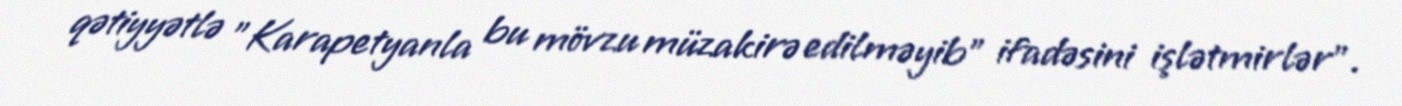
qətiyyətlə ”Karapetyanla bu mövzu müzakirə edilməyib" ifadəsini işlətmirlər".